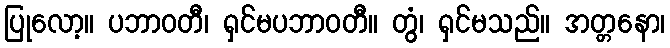
ပြုလော့။ ပဘာဝတီ၊ ရှင်မပဘာဝတီ။ တွံ၊ ရှင်မသည်။ အတ္တနော၊